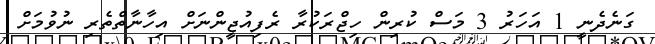
ގަނެދެނީ 1 އަހަރު 3 މަސް ކުރިން ހިޖްރަކުރާ ރެފިއުޖީންނަށް އިހާނާތްތެރި ނުވުމަށް